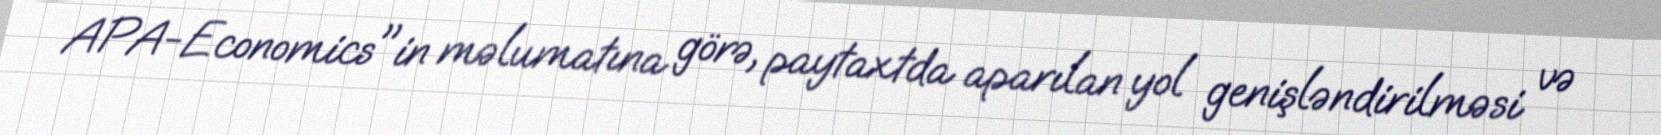
APA-Economics"in məlumatına görə, paytaxtda aparılan yol genişləndirilməsi və